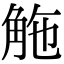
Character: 𧣟